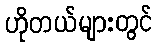
ဟိုတယ်များတွင်